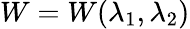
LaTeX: W=W(\lambda_{1},\lambda_{2})